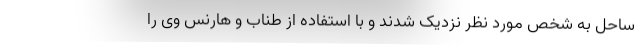
ساحل به شخص مورد نظر نزدیک شدند و با استفاده از طناب و هارنس وی را